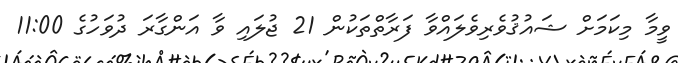
ވީމާ މިކަމަށް ޝައުޤުވެރިވެލައްވާ ފަރާތްތަކުން 21 ޖުލައި ވާ އަންގާރަ ދުވަހުގެ 11:00